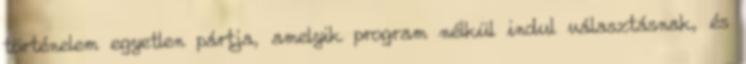
történelem egyetlen pártja, amelyik program nélkül indul választásnak, és